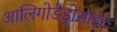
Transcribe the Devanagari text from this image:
आलिगोडेंड्रोसाइट